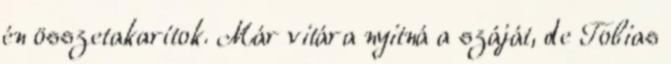
én összetakarítok. Már vitára nyitná a száját, de Tobias